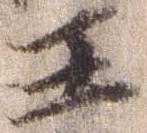
王